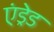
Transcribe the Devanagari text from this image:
एंड्रेड